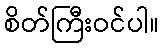
စိတ်ကြီးဝင်ပါ။